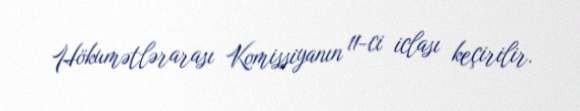
Hökumətlərarası Komissiyanın 11-ci iclası keçirilir.